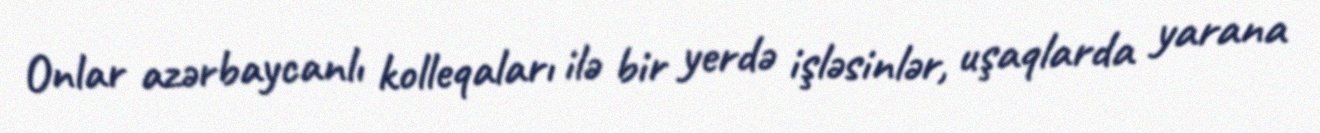
Onlar azərbaycanlı kolleqaları ilə bir yerdə işləsinlər, uşaqlarda yarana